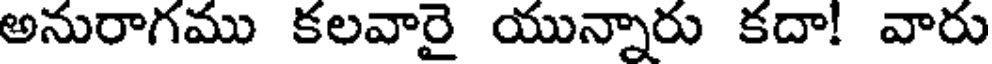
అనురాగము కలవారై యున్నారు కదా! వారు